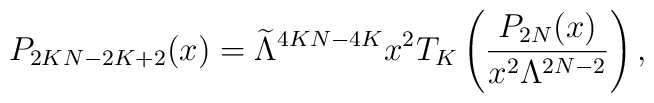
P_{2KN-2K+2}(x)=\widetilde{\Lambda}^{4KN-4K}x^2T_{K}\left(\frac{P_{2N}(x)}{x^2\Lambda^{2N-2}}\right),